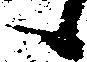
候